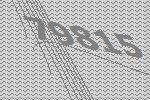
79815